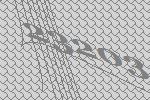
23203